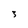
Character: 3